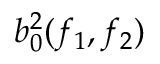
b _ { 0 } ^ { 2 } ( f _ { 1 } , f _ { 2 } )